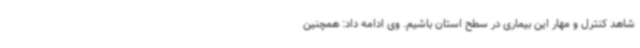
شاهد کنترل و مهار این بیماری در سطح استان باشیم. وی ادامه داد: همچنین